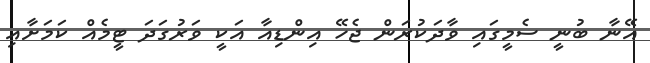
އޭނާ ބުނީ ސެމީގައި ވާދަކުރަން ޖެހޭ އިންޑިއާ އަކީ ވަރުގަދަ ޓީމެއް ކަމަށާއި